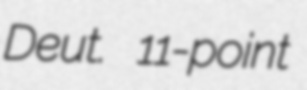
Deut. 11-point